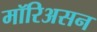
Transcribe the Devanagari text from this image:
मॉरिअसन